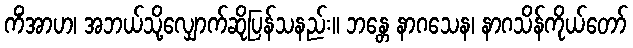
ကိံအာဟ၊ အဘယ်သို့လျှောက်ဆိုပြန်သနည်း။ ဘန္တေ နာဂသေန၊ နာဂသိန်ကိုယ်တော်